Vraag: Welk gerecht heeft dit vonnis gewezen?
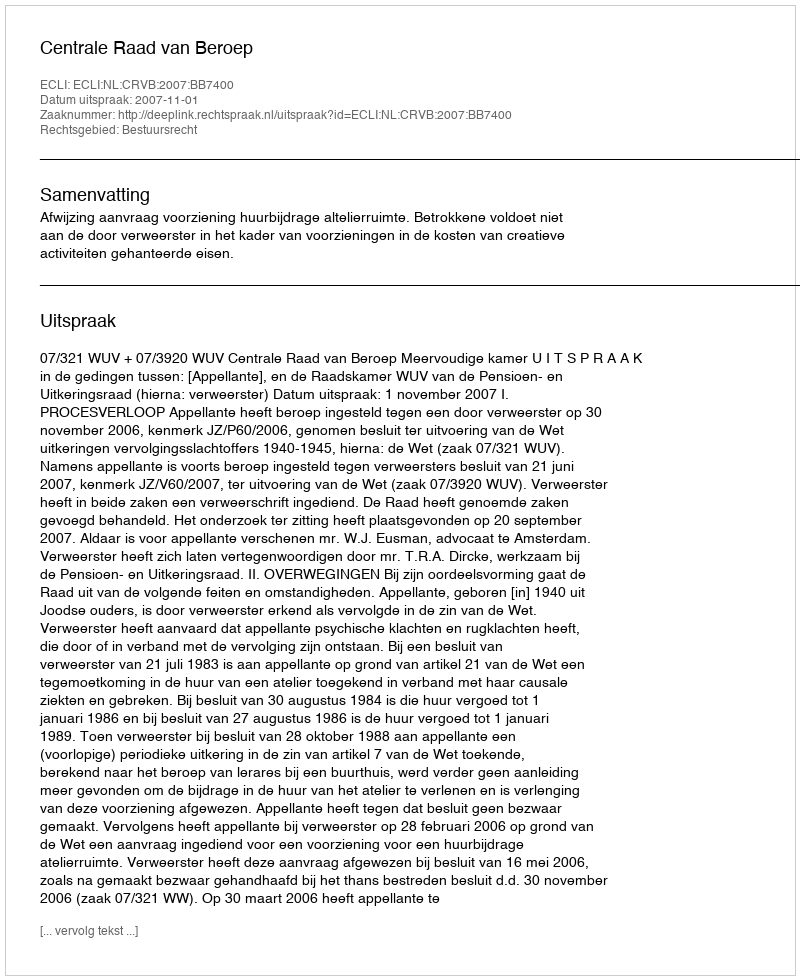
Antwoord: Centrale Raad van Beroep